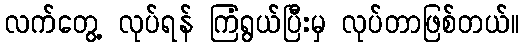
လက်တွေ့ လုပ်ရန် ကြံရွယ်ပြီးမှ လုပ်တာဖြစ်တယ်။